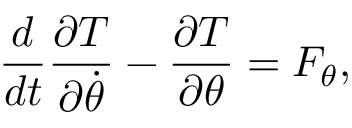
{ \frac { d } { d t } } { \frac { \partial T } { \partial { \dot { \theta } } } } - { \frac { \partial T } { \partial \theta } } = F _ { \theta } ,